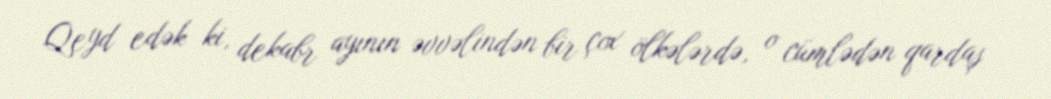
Qeyd edək ki, dekabr ayının əvvəlindən bir çox ölkələrdə, o cümlədən qardaş